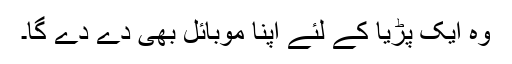
وہ ایک پڑیا کے لئے اپنا موبائل بھی دے دے گا۔